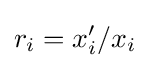
r_{i}=x_{i}^{\prime }/x_{i}